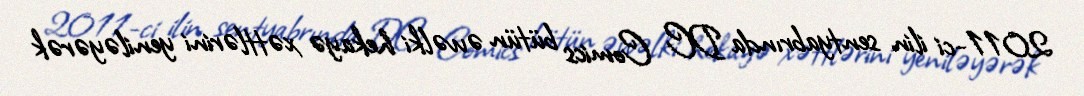
2011-ci ilin sentyabrında DC Comics bütün əvvəlki hekayə xəttlərini yeniləyərək